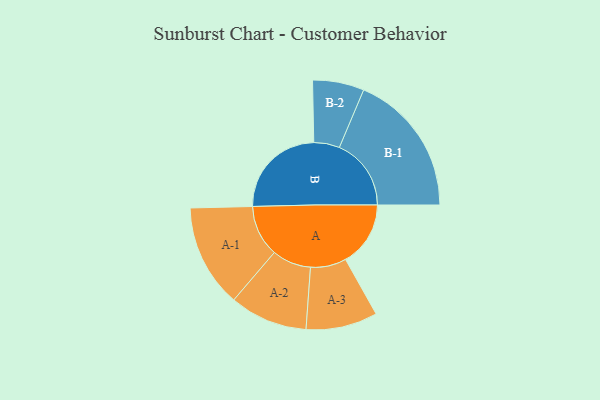
{"axis": {"x": "Segment", "y": "Value"}, "legend": ["", "A", "B"], "data": [{"x": "A", "y": 265, "type": ""}, {"x": "B", "y": 394, "type": ""}, {"x": "A-1", "y": 210, "type": "A"}, {"x": "A-2", "y": 159, "type": "A"}, {"x": "A-3", "y": 146, "type": "A"}, {"x": "B-1", "y": 293, "type": "B"}, {"x": "B-2", "y": 105, "type": "B"}]}